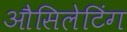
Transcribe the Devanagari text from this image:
औसिलेटिंग